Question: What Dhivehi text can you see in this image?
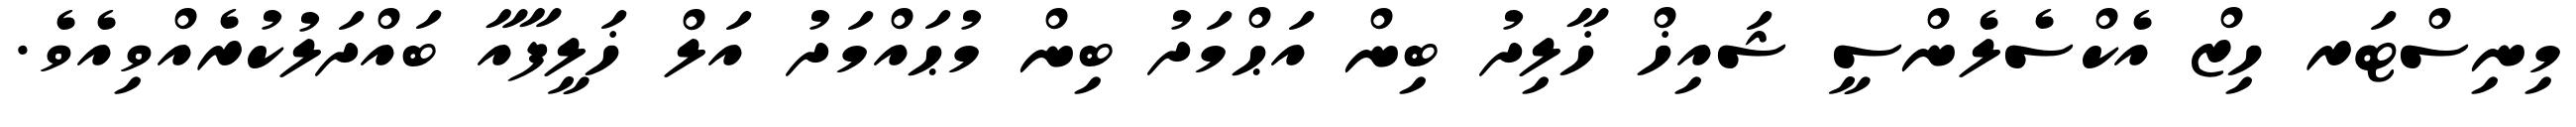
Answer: މިނިސްޓަރ ހިޒް އެކްސެލެންސީ ޝައިޚް ޚާލިދު ބިން އަޙްމަދު ބިން މުޙައްމަދު އަލް ޚަލީފާއާ ބައްދަލުކުރެއްވިއެވެ.